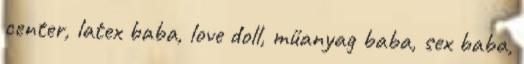
center, latex baba, love doll, műanyag baba, sex baba,